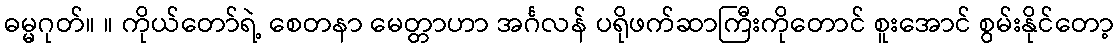
ဓမ္မဂုတ်။ ။ ကိုယ်တော်ရဲ့ စေတနာ မေတ္တာဟာ အင်္ဂလန် ပရိုဖက်ဆာကြီးကိုတောင် စူးအောင် စွမ်းနိုင်တော့